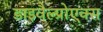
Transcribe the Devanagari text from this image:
डाइवैल्प्रोएक्स